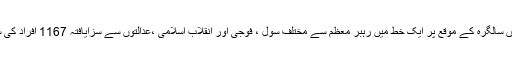
عدلیہ کے سربراہ آیت اللہ شاہرودی نے انقلاب اسلامی کی تیسویں سالگرہ کے موقع پر ایک خط میں رہبر معظم سے مختلف سول ، فوجی اور انقلاب اسلامی ،عدالتوں سے سزایافتہ 1167 افراد کی سزاؤں کو معاف یا ان میں تخفیف کرنے کی درخواست کی تھی ۔